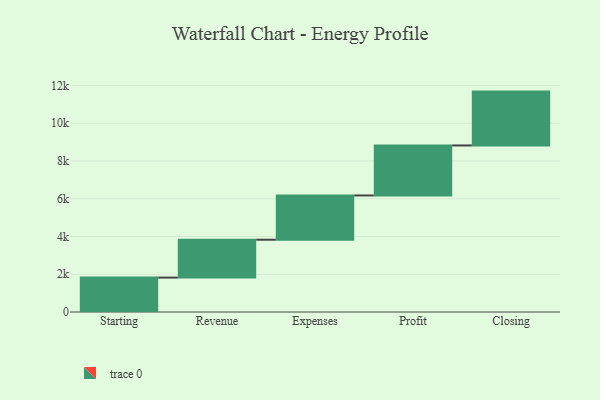
{"axis": {"x": "Step", "y": "Value"}, "legend": [""], "data": [{"x": "Starting", "y": 1823.0, "type": ""}, {"x": "Revenue", "y": 2007.0, "type": ""}, {"x": "Expenses", "y": 2345.0, "type": ""}, {"x": "Profit", "y": 2649.0, "type": ""}, {"x": "Closing", "y": 2854.0, "type": ""}]}